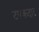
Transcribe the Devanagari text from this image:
टपकदार